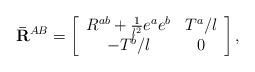
LaTeX: \begin{align*}{\bf \bar{R}}^{AB}=\left[ \begin{array}{cc}R^{ab}+\frac{1}{l^{2}}e^{a}e^{b} & T^{a}/l \\ -T^{b}/l & 0\end{array}\right] , \end{align*}